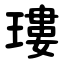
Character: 㻲